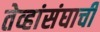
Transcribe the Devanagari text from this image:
तेव्हांसंघाची